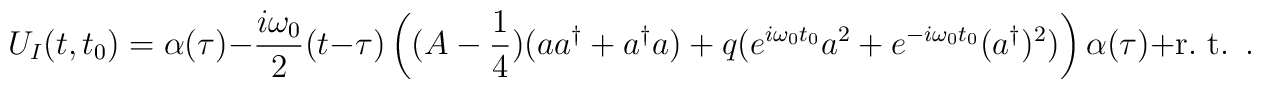
U_I(t,t_0)=\alpha(\tau) -\frac{i\omega_0}2(t-\tau)\left((A-\frac14)(aa^{\dag}+a^{\dag}a) + q (e^{i\omega_0 t_0}a^2 +e^{-i\omega_0 t_0}(a^{\dag})^2)\right)\alpha(\tau)+{\rm r.~t.~}\,.